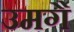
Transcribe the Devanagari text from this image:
उमगै